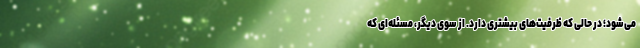
می‌شود؛ در حالی‌ که ظرفیت‌های بیشتری دارد. از سوی دیگر، مسئله‌ای که